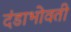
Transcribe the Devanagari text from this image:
दंडाभोवती